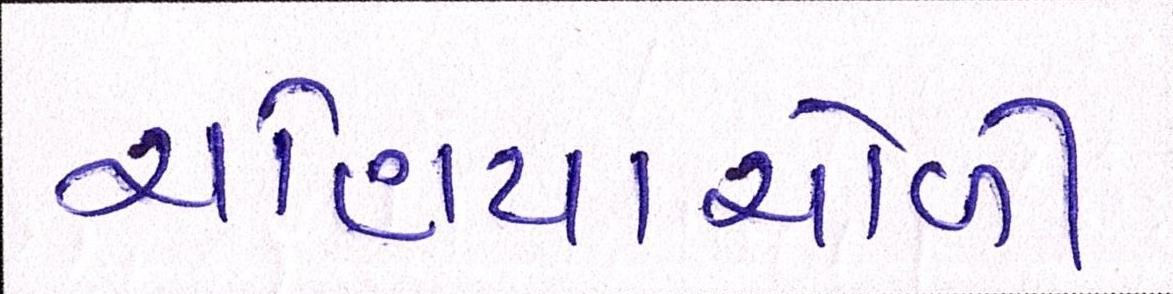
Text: ચણિયાચોળી